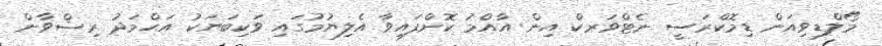
މޯލްޑިވިއަން ޑިމޮކްރަސީ ނެޓްވަރކް އިން އާއްމު ކޮށްފައިވާ އެލިޔުމުގައި ވަކިބަޔަކު އަޙްމަދު ރިޟްވާން